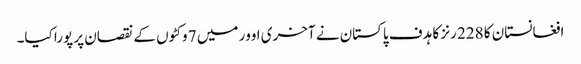
افغانستان کا 228 رنز کا ہدف پاکستان نے آخری اوور میں 7 وکٹوں کے نقصان پر پورا کیا۔